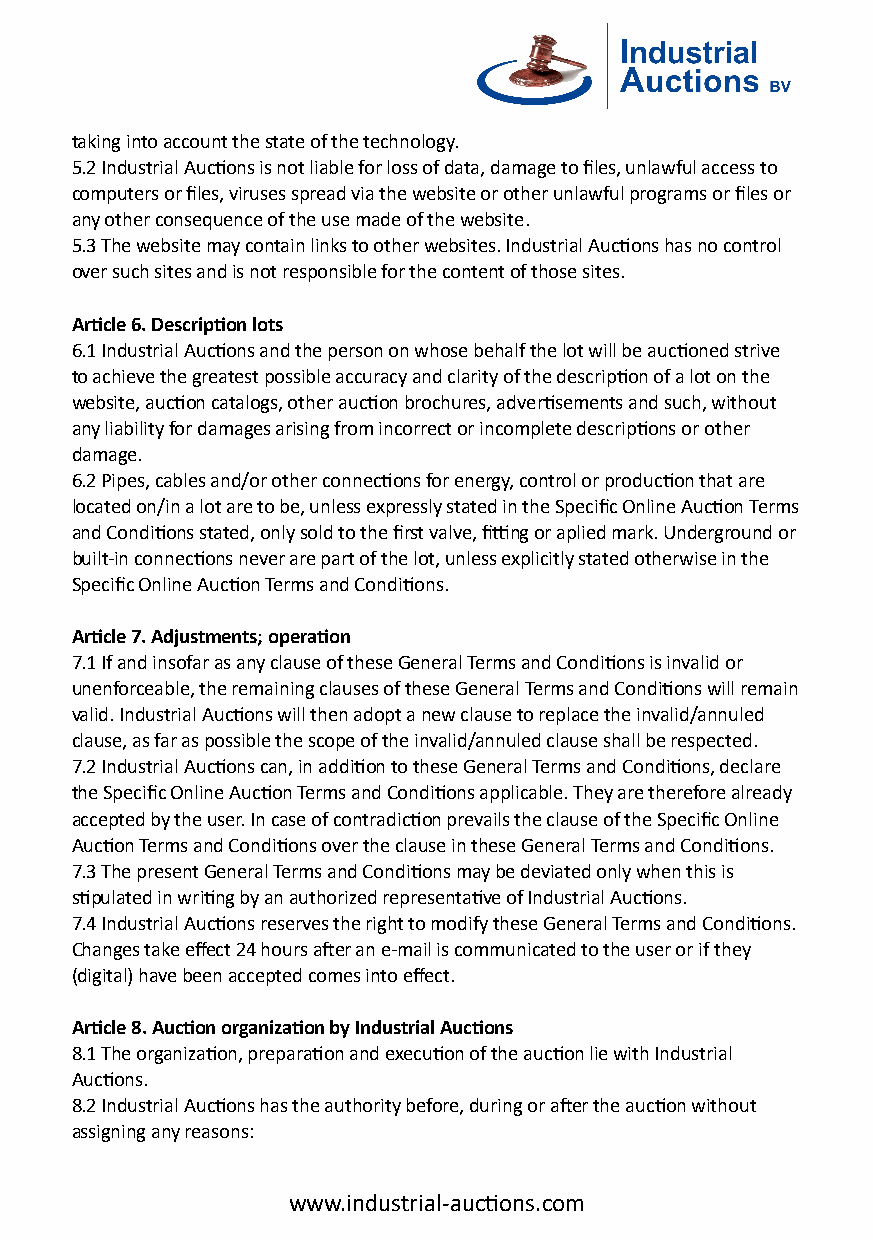
taking into account the state of the technology.
 5.2 Industrial Auc�ons is not liable for loss of data, damage to files, unlawful access to
 computers or files, viruses spread via the website or other unlawful programs or files or
 any other consequence of the use made of the website.
 5.3 The website may contain links to other websites. Industrial Auc�ons has no control
 over such sites and is not responsible for the content of those sites.
 Ar�cle 6. Descrip�on lots
 6.1 Industrial Auc�ons and the person on whose behalf the lot will be auc�oned strive
 to achieve the greatest possible accuracy and clarity of the descrip�on of a lot on the
 website, auc�on catalogs, other auc�on brochures, adver�sements and such, without
 any liability for damages arising from incorrect or incomplete descrip�ons or other
 damage.
 6.2 Pipes, cables and/or other connec�ons for energy, control or produc�on that are
 located on/in a lot are to be, unless expressly stated in the Specific Online Auc�on Terms
 and Condi�ons stated, only sold to the first valve, fi�ng or aplied mark. Underground or
 built-in connec�ons never are part of the lot, unless explicitly stated otherwise in the
 Specific Online Auc�on Terms and Condi�ons.
 Ar�cle 7. Adjustments; opera�on
 7.1 If and insofar as any clause of these General Terms and Condi�ons is invalid or
 unenforceable, the remaining clauses of these General Terms and Condi�ons will remain
 valid. Industrial Auc�ons will then adopt a new clause to replace the invalid/annuled
 clause, as far as possible the scope of the invalid/annuled clause shall be respected.
 7.2 Industrial Auc�ons can, in addi�on to these General Terms and Condi�ons, declare
 the Specific Online Auc�on Terms and Condi�ons applicable. They are therefore already
 accepted by the user. In case of contradic�on prevails the clause of the Specific Online
 Auc�on Terms and Condi�ons over the clause in these General Terms and Condi�ons.
 7.3 The present General Terms and Condi�ons may be deviated only when this is
 s�pulated in wri�ng by an authorized representa�ve of Industrial Auc�ons.
 7.4 Industrial Auc�ons reserves the right to modify these General Terms and Condi�ons.
 Changes take effect 24 hours a�er an e-mail is communicated to the user or if they
 (digital) have been accepted comes into effect.
 Ar�cle 8. Auc�on organiza�on by Industrial Auc�ons
 8.1 The organiza�on, prepara�on and execu�on of the auc�on lie with Industrial
 Auc�ons.
 8.2 Industrial Auc�ons has the authority before, during or a�er the auc�on without
 assigning any reasons:
 www.industrial-auc�ons.com